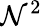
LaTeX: \mathcal{N}^{2}